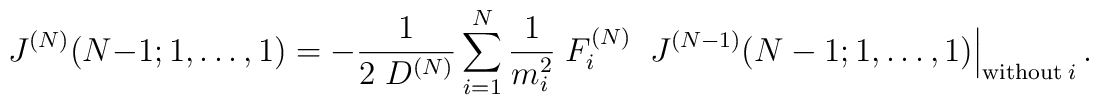
J^{(N)}(N-1; 1, \ldots, 1)= -\frac{1}{2\; D^{(N)}}\sum\limits_{i=1}^N \frac{1}{m_i^2} \; F_i^{(N)} \;\left.J^{(N-1)}(N-1;1,\ldots, 1)\right|_{\mbox{\scriptsize without}\; i} .